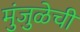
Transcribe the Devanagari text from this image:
मुंजुळेची